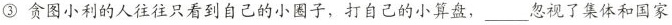
③ 贪图小利的人往往只看到自己的小圈子，打自己的小算盘，___忽视了集体和国家